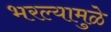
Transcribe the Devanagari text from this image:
भरल्यामुळे